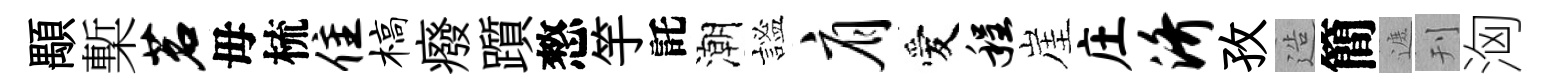
顒槧茗毋梳隹槁癈躓憗竽託潮謐肩愛程崖庄济孜造簡遮刊洶